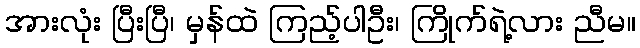
အားလုံး ပြီးပြီ၊ မှန်ထဲ ကြည့်ပါဦး၊ ကြိုက်ရဲ့လား ညီမ။